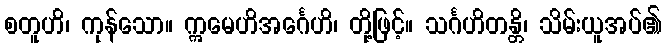
စတူဟိ၊ ကုန်သော။ ဣမေဟိအင်္ဂေဟိ၊ တို့ဖြင့်။ သင်္ဂဟိတန္တိ၊ သိမ်းယူအပ်၏